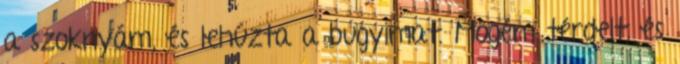
a szoknyám, és lehúzta a bugyimat. Mögém térdelt, és